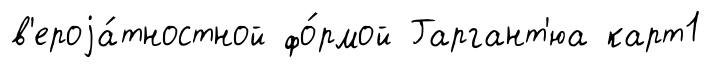
в'ероjа́тностной фо́рмой Гаргант'юа карт1